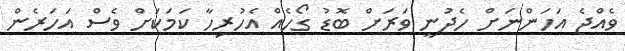
ވެއްޖެ އަހަންނަށް ހެދުނީ ވަރަށް ބޮޑު ގޯހެއް އެހުރިހާ ކަމަކަށް ވެސް އަހަރެން